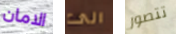
الامان الى تتصور